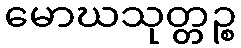
မောဃသုတ္တဉ္စ